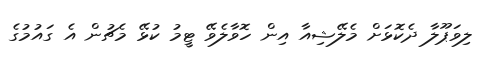
ލިވަޕޫލާ ދެކޮޅަށް މެލޭޝިއާ އިން ހޮވާލެވޭ ޓީމު ކުޅޭ މެޗުން އެ ގައުމުގެ